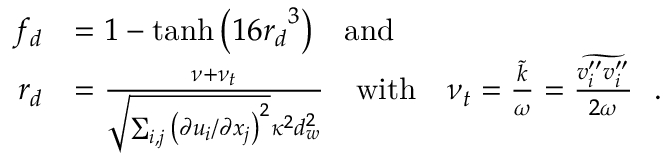
\begin{array} { r l } { f _ { d } } & { = 1 - \operatorname { t a n h } { \left( { 1 6 r _ { d } } ^ { 3 } \right) } \ \ \ \mathrm { a n d } } \\ { r _ { d } } & { = \frac { \nu + \nu _ { t } } { \sqrt { \sum _ { i , j } { \left( \partial u _ { i } / \partial x _ { j } \right) } ^ { 2 } } \kappa ^ { 2 } d _ { w } ^ { 2 } } \ \ \ \mathrm { w i t h } \ \ \ \nu _ { t } = \frac { \Tilde { k } } { \omega } = \frac { \widetilde { v _ { i } ^ { \prime \prime } v _ { i } ^ { \prime \prime } } } { 2 \omega } \ \ . } \end{array}